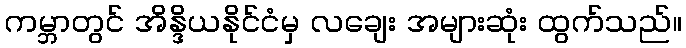
ကမ္ဘာတွင် အိန္ဒိယနိုင်ငံမှ လချေး အများဆုံး ထွက်သည်။